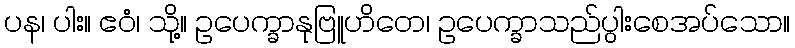
ပန၊ ပါး။ ဧဝံ၊ သို့။ ဥပေက္ခာနုဗြူဟိတေ၊ ဥပေက္ခာသည်ပွါးစေအပ်သော။